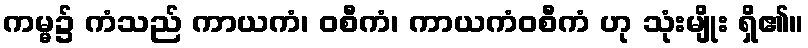
ကမ္မ၌ ကံသည် ကာယကံ၊ ဝစီကံ၊ ကာယကံဝစီကံ ဟု သုံးမျိုး ရှိ၏။